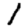
Digit: 1